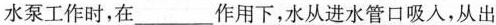
水泵工作时，在___作用下，水从进水管口吸入，从出